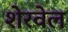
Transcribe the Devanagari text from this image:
शेरवेल